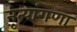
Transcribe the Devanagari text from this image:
नृत्यांगणा